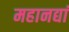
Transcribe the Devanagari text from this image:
महानद्यां